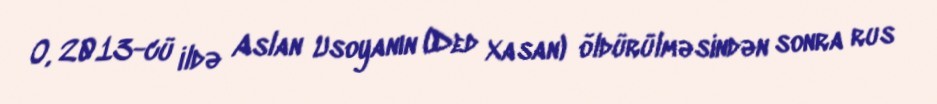
O, 2013-cü ildə Aslan Usoyanın (Ded Xasan) öldürülməsindən sonra rus